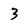
Character: 3